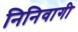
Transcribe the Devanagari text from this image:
निनिवागी